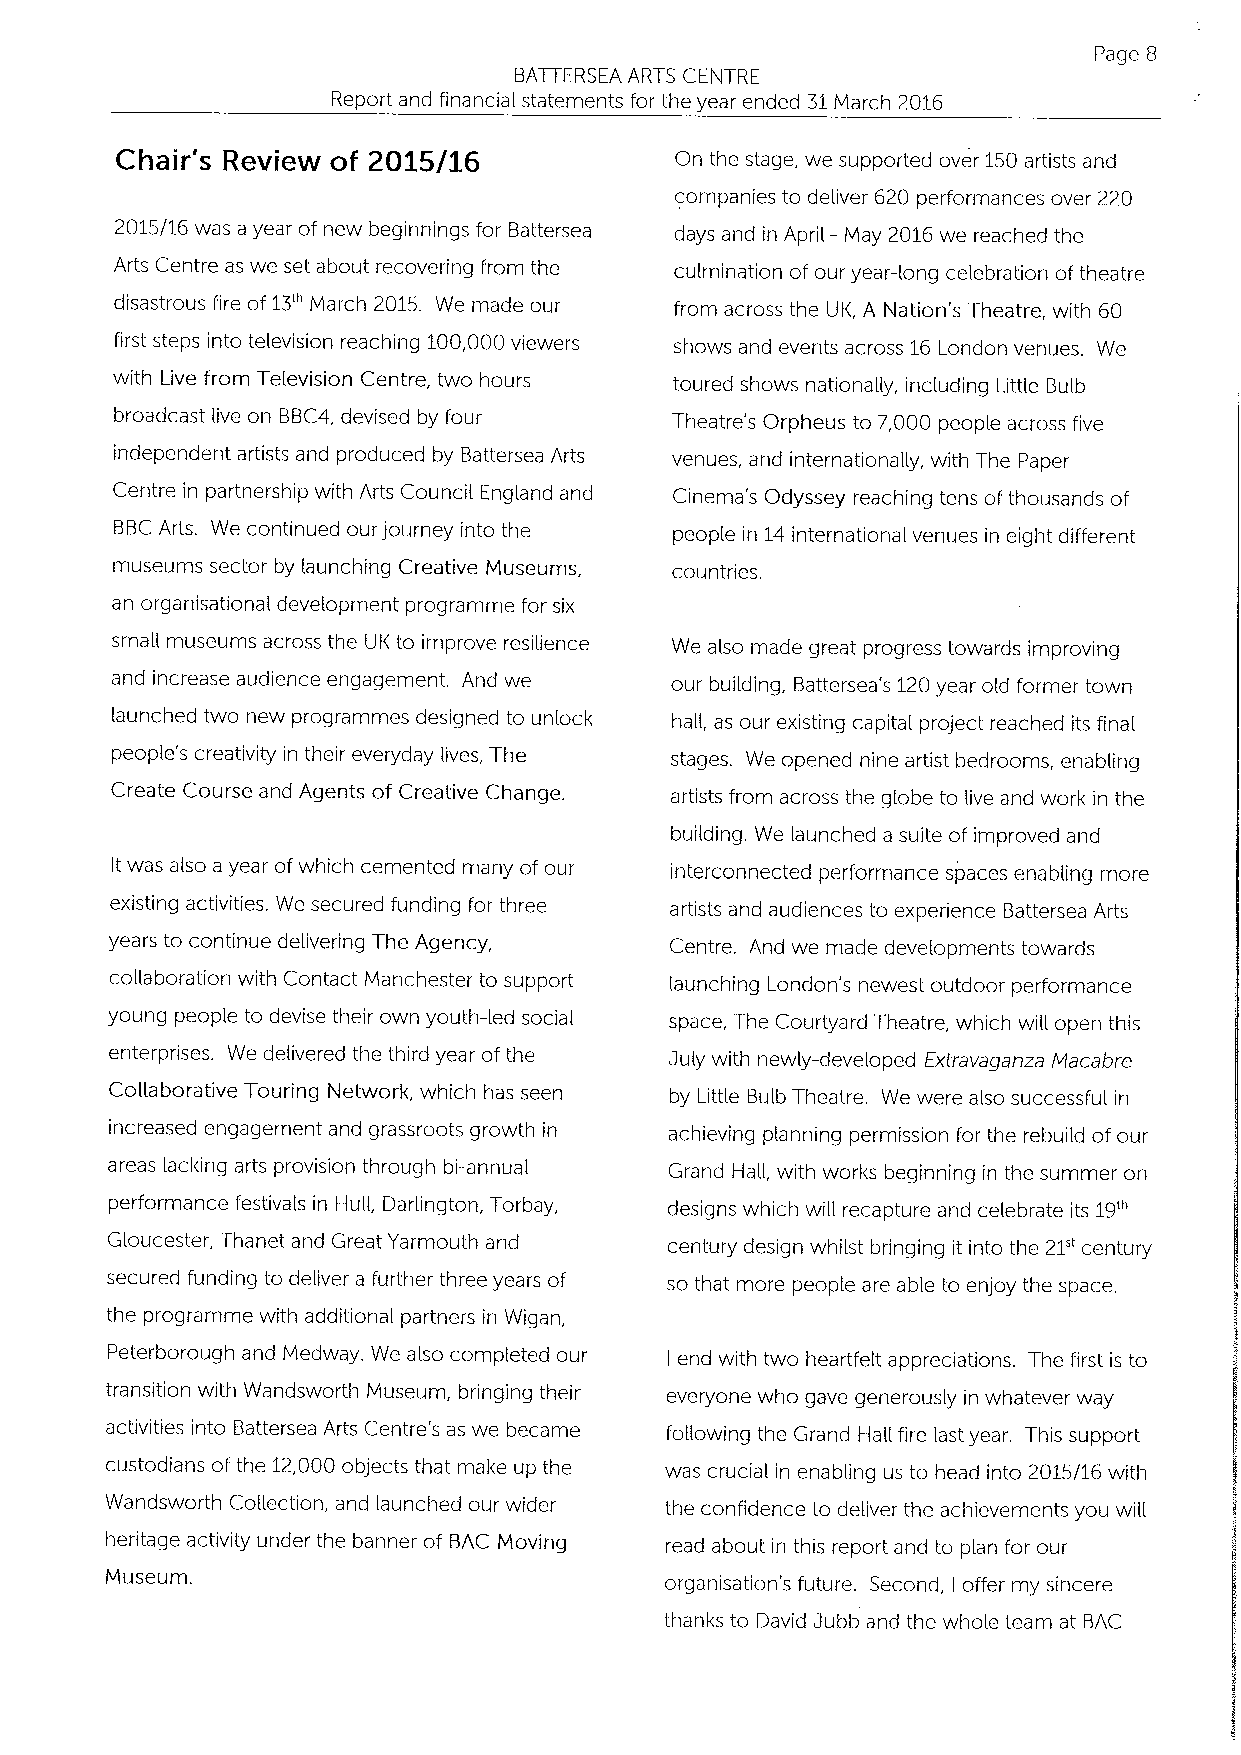
Page 8
 BATTERSEA ARTS CENTRE
 Report and financial statements for the year ended 31March 2016
 Chair's Review of 2015/16            On the stage, we supported over 150artists and
 companies to deliver 620 performances over 220
 2015/16 was a year of new beginnings for Battersea days and in April- May 2016we reached the
 Arts Centre as we set about recovering from the culmination of our year-long celebration of theatre
 disastrous fire of13'"March 2015. We made our from across the UK, A Nation's Theatre, with 60
 first steps into television reaching 100,000viewers shows and events across 16London venues. We
 with Live from Television Centre, two hours toured shows nationally, including Little Bulb
 broadcast live on BBC4,devised by four Theatre's Orpheus to 7,000 people across five
 independent artists and produced by Battersea Arts venues, and internationally, with The Paper
 Centre in partnership with Arts Council England and Cinema's Odyssey reaching tens ofthousands of
 BBCArts. We continued our journey into the people in 14international venues in eight different
 museums sector by launching Creative Museums, countries.
 an organisational development programme for six
 smaw museums across the UK to improve resilience We also made great progress towards improving
 and increase audience engagement. And we our building, Battersea's 120year old former town
 launched two new programmes designed to unlock haII, as our existing capital project reached its final
 people's creativity in their everyday lives, The stages. We opened nine artist bedrooms, enabling
 Create Course and Agents of Creative Change. artists from across the globe to live and work in the
 building. We launched a suite of improved and
 It was also a year ofwhich cemented many of our interconnected performance spaces enabling more
 existing activities. We secured funding for three artists and audiences to experience Battersea Arts
 years to continue delivering The Agency, Centre. And we made developments towards
 collaboration with Contact Manchester to support launching London's newest outdoor performance
 young people to devise their own youth-led social space, The Courtyard Theatre, which will open this
 enterprises. We delivered the third year of the July with newly-developed Extravaganza Macabre
 Collaborative Touring Network, which has seen by Little Bulb Theatre. We were also successful in
 increased engagement and grassroots growth in achieving planning permission for the rebuild of our
 areas lacking arts provision through bi-annual Grand Hall, with works beginning in the summer on
 performance festivals in HulL Darlington, Torbay, designs which will recapture and celebrate its 19'"
 Gtoucester, Thanet and Great Yarmouth and century design whilst bringing it into the 21" century
 secured funding to deliver a further three years of so that more people are able to enjoy the space.
 the programme with additional partners in Wigan,
 Peterborough and Medway. We also completed our end with two heartfelt appreciations. The first is to
 I
 transition with Wandsworth Museum, bringing their everyone who gave generously in whatever way
 activities into Battersea Arts Centre's as we became following the Grand Hall fire last year. This support
 custodians ofthe 12,000 objects that make up the was crucial in enabling us to head into 2015/16 with
 Wandsworth Collection, and launched our wider the confidence to deliver the achievements you will
 heritage activity under the banner of BAC Moving read about in this report and to plan for our
 Museum.                              organisation's future. Second, offer my sincere
 I
 thanks to David Jubb and the whole team at BAC